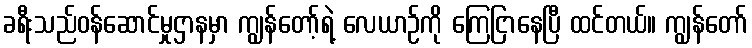
ခရီးသည်ဝန်ဆောင်မှုဌာနမှာ ကျွန်တော့်ရဲ့ လေယာဉ်ကို ကြေငြာနေပြီ ထင်တယ်။ ကျွန်တော်